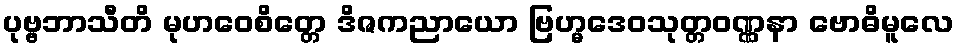
ပုဗ္ဗဘာသီတိ မုဟဝေစိတ္တေ ဒိဇကညာယော ဗြဟ္မဒေဝသုတ္တဝဏ္ဏနာ ဗောဓိမူလေ